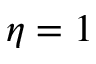
\eta = 1